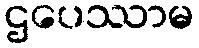
ဌပေဿာမ